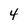
Character: 4